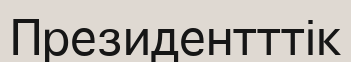
Президентттік